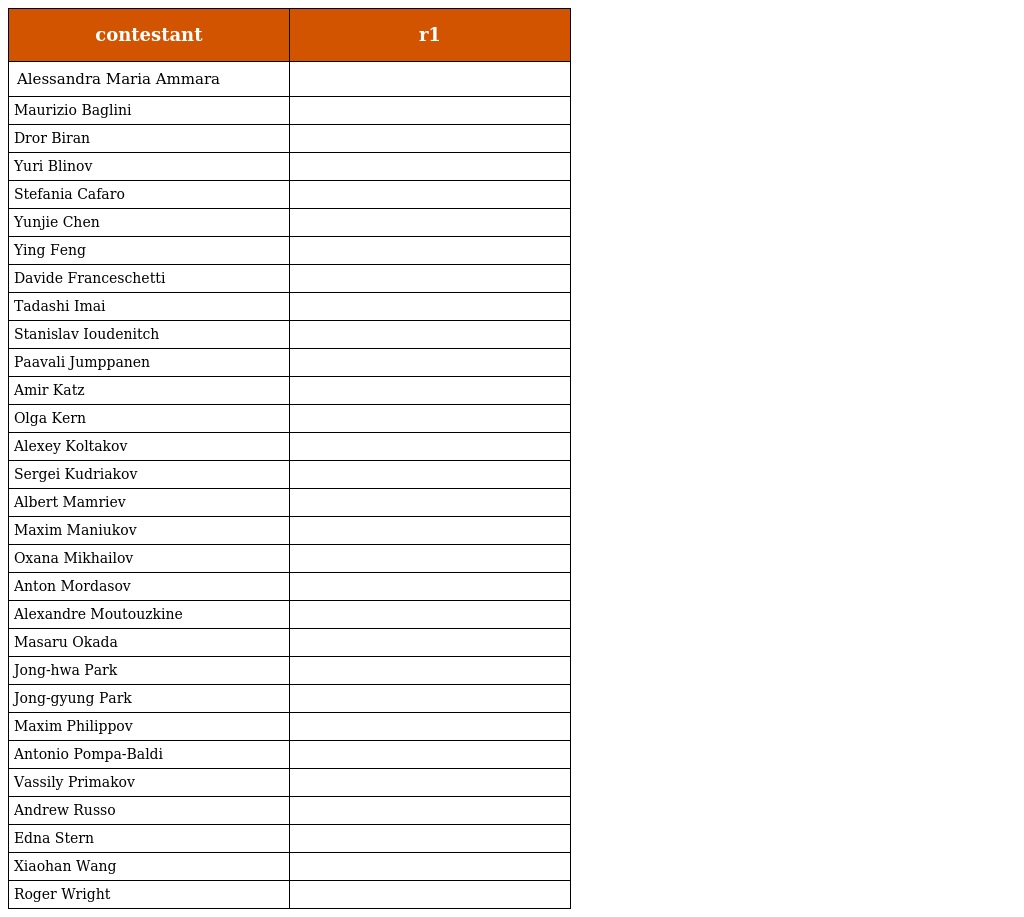
| contestant | r1 |
 | --- | --- |
 | Alessandra Maria Ammara |  |
 | Maurizio Baglini |  |
 | Dror Biran |  |
 | Yuri Blinov |  |
 | Stefania Cafaro |  |
 | Yunjie Chen |  |
 | Ying Feng |  |
 | Davide Franceschetti |  |
 | Tadashi Imai |  |
 | Stanislav Ioudenitch |  |
 | Paavali Jumppanen |  |
 | Amir Katz |  |
 | Olga Kern |  |
 | Alexey Koltakov |  |
 | Sergei Kudriakov |  |
 | Albert Mamriev |  |
 | Maxim Maniukov |  |
 | Oxana Mikhailov |  |
 | Anton Mordasov |  |
 | Alexandre Moutouzkine |  |
 | Masaru Okada |  |
 | Jong-hwa Park |  |
 | Jong-gyung Park |  |
 | Maxim Philippov |  |
 | Antonio Pompa-Baldi |  |
 | Vassily Primakov |  |
 | Andrew Russo |  |
 | Edna Stern |  |
 | Xiaohan Wang |  |
 | Roger Wright |  |